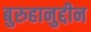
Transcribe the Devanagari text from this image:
बुरुहानुद्दीन